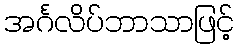
အင်္ဂလိပ်ဘာသာဖြင့်